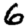
Digit: 6